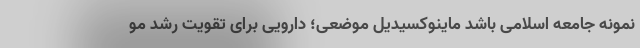
نمونه جامعه اسلامی باشد ماینوکسیدیل موضعی؛ دارویی برای تقویت رشد مو